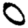
Digit: 0